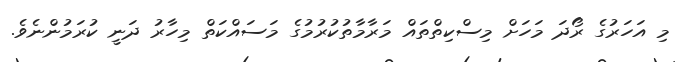
މި އަހަރުގެ ރޯދަ މަހަށް މިސްކިތްތައް މަރާމާތުކުރުމުގެ މަސައްކަތް މިހާރު ދަނީ ކުރަމުންނެވެ.